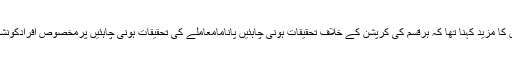
مولانا فضل الرحمان کا مزید کہنا تھا کہ ہرقسم کی کرپشن کے خلاف تحقیقات ہونی چاہئیں پانامامعاملے کی تحقیقات ہونی چاہئیں پرمخصوص افرادکونشانہ نہیں بناناچاہیے۔